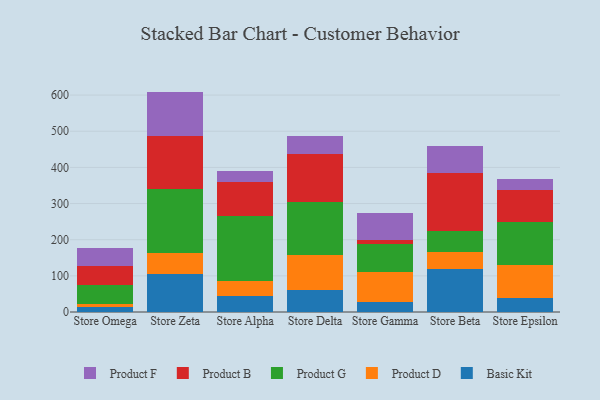
{"axis": {"x": "Store", "y": "Tickets Resolved"}, "legend": ["Basic Kit", "Product B", "Product D", "Product F", "Product G"], "data": [{"x": "Store Omega", "y": 14.8, "type": "Basic Kit"}, {"x": "Store Omega", "y": 7.3, "type": "Product D"}, {"x": "Store Omega", "y": 51.9, "type": "Product G"}, {"x": "Store Omega", "y": 53.0, "type": "Product B"}, {"x": "Store Omega", "y": 50.3, "type": "Product F"}, {"x": "Store Zeta", "y": 103.8, "type": "Basic Kit"}, {"x": "Store Zeta", "y": 58.2, "type": "Product D"}, {"x": "Store Zeta", "y": 177.6, "type": "Product G"}, {"x": "Store Zeta", "y": 147.4, "type": "Product B"}, {"x": "Store Zeta", "y": 122.6, "type": "Product F"}, {"x": "Store Alpha", "y": 44.2, "type": "Basic Kit"}, {"x": "Store Alpha", "y": 42.4, "type": "Product D"}, {"x": "Store Alpha", "y": 178.2, "type": "Product G"}, {"x": "Store Alpha", "y": 95.0, "type": "Product B"}, {"x": "Store Alpha", "y": 30.7, "type": "Product F"}, {"x": "Store Delta", "y": 59.7, "type": "Basic Kit"}, {"x": "Store Delta", "y": 99.1, "type": "Product D"}, {"x": "Store Delta", "y": 145.6, "type": "Product G"}, {"x": "Store Delta", "y": 133.9, "type": "Product B"}, {"x": "Store Delta", "y": 47.5, "type": "Product F"}, {"x": "Store Gamma", "y": 28.4, "type": "Basic Kit"}, {"x": "Store Gamma", "y": 82.8, "type": "Product D"}, {"x": "Store Gamma", "y": 75.8, "type": "Product G"}, {"x": "Store Gamma", "y": 12.8, "type": "Product B"}, {"x": "Store Gamma", "y": 74.7, "type": "Product F"}, {"x": "Store Beta", "y": 117.6, "type": "Basic Kit"}, {"x": "Store Beta", "y": 47.1, "type": "Product D"}, {"x": "Store Beta", "y": 58.8, "type": "Product G"}, {"x": "Store Beta", "y": 161.0, "type": "Product B"}, {"x": "Store Beta", "y": 74.1, "type": "Product F"}, {"x": "Store Epsilon", "y": 40.1, "type": "Basic Kit"}, {"x": "Store Epsilon", "y": 90.1, "type": "Product D"}, {"x": "Store Epsilon", "y": 118.7, "type": "Product G"}, {"x": "Store Epsilon", "y": 88.0, "type": "Product B"}, {"x": "Store Epsilon", "y": 30.6, "type": "Product F"}]}